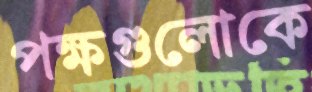
পক্ষগুলোকে